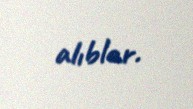
alıblar.